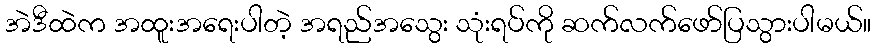
အဲဒီထဲက အထူးအရေးပါတဲ့ အရည်အသွေး သုံးရပ်ကို ဆက်လက်ဖော်ပြသွားပါမယ်။